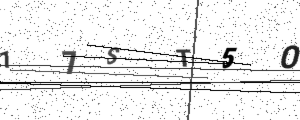
Text: 17ST5O